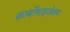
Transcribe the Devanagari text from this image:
कार्बोनाइजेशन